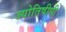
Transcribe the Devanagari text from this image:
ज्योतिषीपी